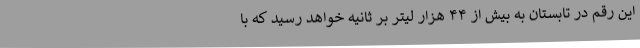
این رقم در تابستان به بیش از ۴۴ هزار لیتر بر ثانیه خواهد رسید که با